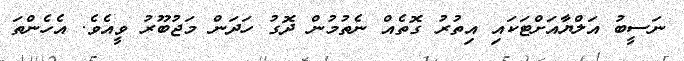
ނަސީބު އަލްޔާއަށްޓަކައި އިތުރު ގޮތެއް ނެތުމުން ދޮގު ހަދަން މަޖުބޫރު ވީއެވެ. އެހެންތަ